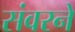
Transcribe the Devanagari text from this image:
संवरने